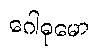
ဂေါဓုမော